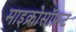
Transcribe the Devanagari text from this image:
माइक्रोसॉफ्रट